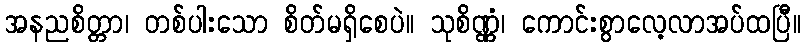
အနညစိတ္တာ၊ တစ်ပါးသော စိတ်မရှိစေပဲ။ သုစိဏ္ဏံ၊ ကောင်းစွာလေ့လာအပ်ထပြီ။